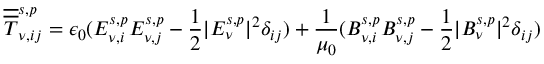
\overline { { \overline { { T } } } } _ { \nu , i j } ^ { s , p } = \epsilon _ { 0 } ( E _ { \nu , i } ^ { s , p } E _ { \nu , j } ^ { s , p } - \frac { 1 } { 2 } | E _ { \nu } ^ { s , p } | ^ { 2 } \delta _ { i j } ) + \frac { 1 } { \mu _ { 0 } } ( B _ { \nu , i } ^ { s , p } B _ { \nu , j } ^ { s , p } - \frac { 1 } { 2 } | B _ { \nu } ^ { s , p } | ^ { 2 } \delta _ { i j } )